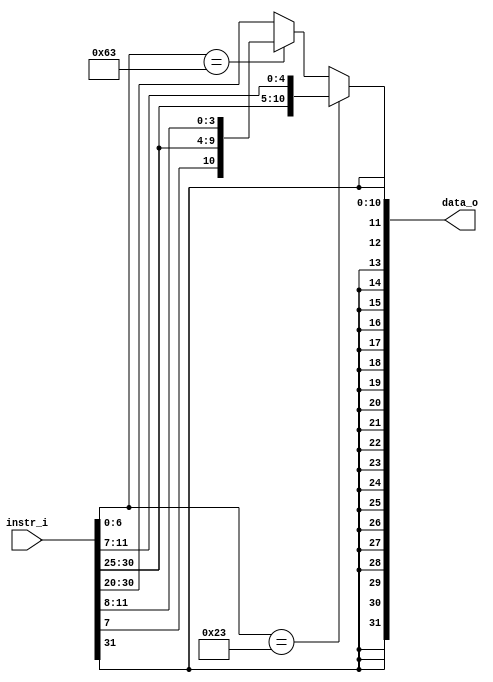
module Sign_Extend
(
    instr_i,
    data_o
);

input   [31:0]  instr_i;
output  [31:0]  data_o;
reg [11:0] tmp;
reg [31:0] data_o;

always @(*) begin
	if (instr_i[6:0] == 7'b0100011) begin // sw
		tmp = {instr_i[31:25], instr_i[11:7]};
	end
	else if (instr_i[6:0] == 7'b1100011) begin // beq
		tmp = {instr_i[31], instr_i[7], instr_i[30:25], instr_i[11:8]};
	end
	else begin
		tmp = instr_i[31:20];
	end 
	data_o = { { 20{tmp[11]} } , tmp[11:0]};
end

endmodule